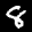
Label: 8